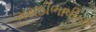
મરાઠીભાષીના